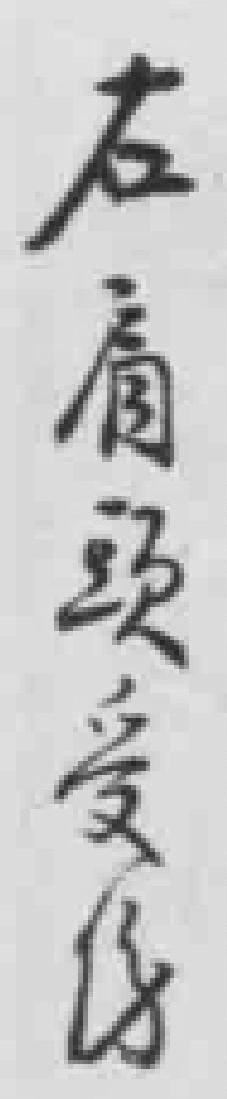
右肩頭受傷